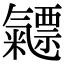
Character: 𣱯